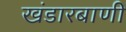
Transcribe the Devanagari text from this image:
खंडारबाणी